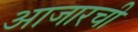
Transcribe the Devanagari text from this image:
आजारची